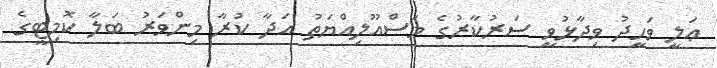
ޢަލީ ވަހީދު ވިދާޅުވީ ސަރުކާރުގެ މަސްއޫލިއްޔަތު އަދާ ކުރާ މިންވަރު ބަލާ ކޮމިޓީގެ